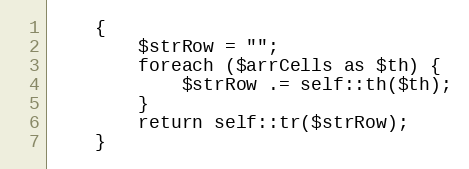
Language: PHP
    {
        $strRow = "";
        foreach ($arrCells as $th) {
            $strRow .= self::th($th);
        }
        return self::tr($strRow);
    }